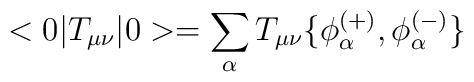
<0| T_{\mu \nu } |0>= \sum_{\alpha } T_{\mu \nu } \{ \phi _{\alpha }^{(+)} ,  \phi _{\alpha }^{(-)}\}